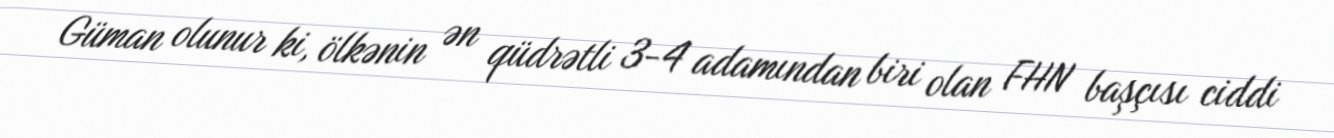
Güman olunur ki, ölkənin ən qüdrətli 3-4 adamından biri olan FHN başçısı ciddi